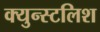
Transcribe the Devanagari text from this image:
क्युन्स्टलिश